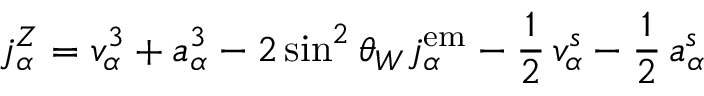
j _ { \alpha } ^ { Z } = v _ { \alpha } ^ { 3 } + a _ { \alpha } ^ { 3 } - 2 \sin ^ { 2 } \theta _ { W } j _ { \alpha } ^ { \mathrm { e m } } - { \frac { \displaystyle 1 } { \displaystyle 2 } } \, v _ { \alpha } ^ { s } - { \frac { \displaystyle 1 } { \displaystyle 2 } } \, a _ { \alpha } ^ { s }